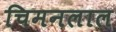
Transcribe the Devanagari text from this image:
चिमनलाल